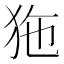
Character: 狏